Relation of titanus [i.e. tetanus] to the hypodermic or intramuscular injection of quinine - Number 43
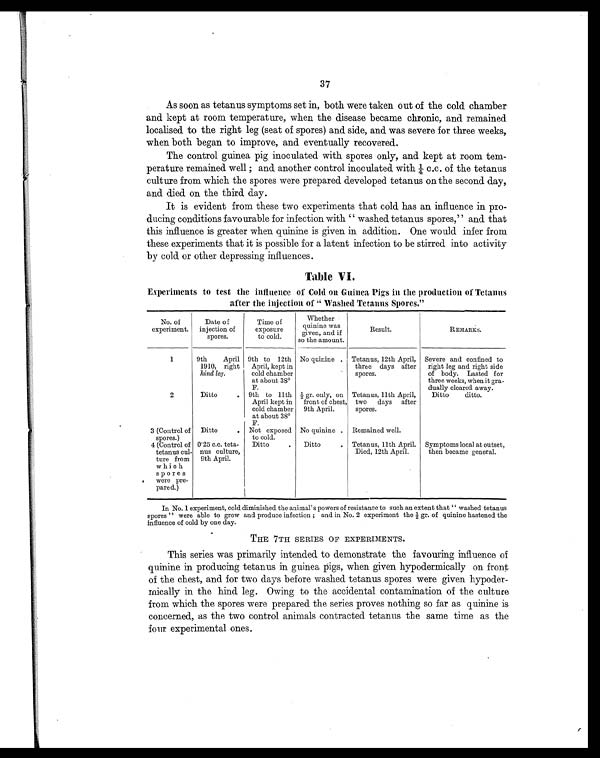
37
As soon as tetanus symptoms set in, both were taken out of the cold chamber
and kept at room temperature, when the disease became chronic, and remained
localised to the right leg (seat of spores) and side, and was severe for three weeks,
when both began to improve, and eventually recovered.
The control guinea pig inoculated with spores only, and kept at room tem-
perature remained well ; and another control inoculated with ¼ c.c. of the tetanus
culture from which the spores were prepared developed tetanus on the second day,
and died on the third day.
It is evident from these two experiments that cold has an influence in pro-
ducing conditions favourable for infection with "washed tetanus spores," and that
this influence is greater when quinine is given in addition. One would infer from
these experiments that it is possible for a latent infection to be stirred into activity
by cold or other depressing influences.
Table VI.
Experiments to test the influence of Cold on Guinea Pigs in the production of Tetanus
after the injection of "Washed Tetanus Spores."
No. of
experiment.
Date of
injection of
spores.
Time of
exposure
to cold.
Whether
quinine was
given, and if
so the amount.
Result.
REMARKS.
1
9th April
1910, right
hind ley.
9th to 12th
April, kept in
cold chamber
at about 38º
F.
No quinine . Tetanus, 12th April,
three days after
spores.
Severe and confined to
right leg and right side
of body. Lasted for
three weeks, when it gra-
dually cleared away.
2
Ditto
. 9th to 11th
April kept in
cold chamber
at about 38º
F.
½ gr. only, on
front of chest,
9th April.
Tetanus, 11th April,
two days after
spores.
Ditto ditto.
3 (Control of
spores.)
Ditto
. Not exposed
to cold.
No quinine . Remained well.
4 (Control of
tetanus cul-
ture from
which
spores
were pre-
pared.)
0.25 c.c. teta-
nus culture,
9th April.
Ditto
. Ditto
. Tetanus, 11th April.
Died, 12th April.
Symptoms local at outset,
then became general.
In No. 1 experiment, cold diminished the animal's powers of resistance to such an extent that "washed tetanus
spores" were able to grow and produce infection ; and in No. 2 experiment the ½ gr. of quinine hastened the
influence of cold by one day.
THE 7TH SERIES OF EXPERIMENTS.
This series was primarily intended to demonstrate the favouring influence of
quinine in producing tetanus in guinea pigs, when given hypodermically on front
of the chest, and for two days before washed tetanus spores were given hypoder-
mically in the hind leg. Owing to the accidental contamination of the culture
from which the spores were prepared the series proves nothing so far as quinine is
concerned, as the two control animals contracted tetanus the same time as the
four experimental ones.